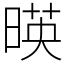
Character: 暎